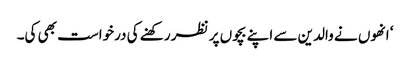
‘ انھوں نے والدین سے اپنے بچوں پر نظر رکھنے کی درخواست بھی کی۔